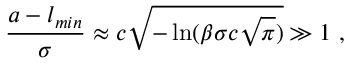
\frac { a - l _ { m i n } } { \sigma } \approx c \sqrt { - \ln ( \beta \sigma c \sqrt { \pi } ) } \gg 1 \ ,